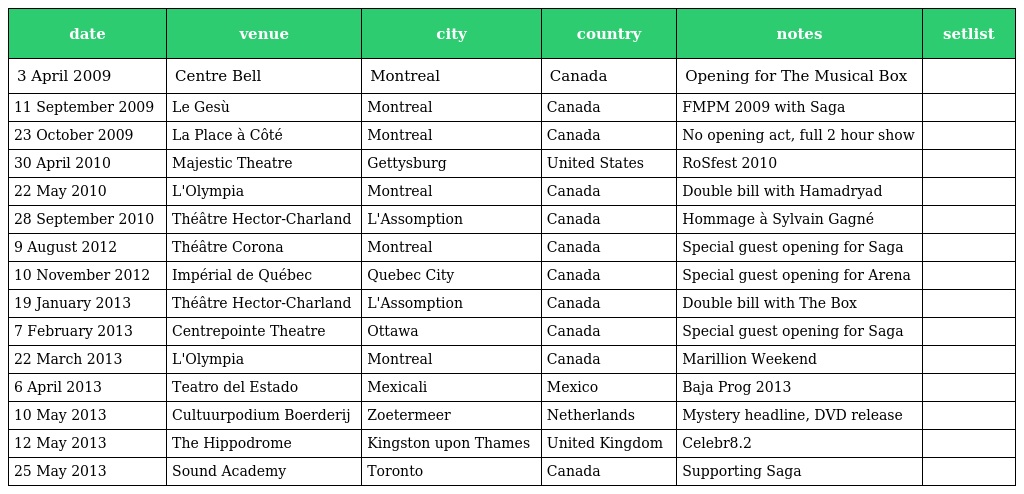
| date | venue | city | country | notes | setlist |
 | --- | --- | --- | --- | --- | --- |
 | 3 April 2009 | Centre Bell | Montreal | Canada | Opening for The Musical Box |  |
 | 11 September 2009 | Le Gesù | Montreal | Canada | FMPM 2009 with Saga |  |
 | 23 October 2009 | La Place à Côté | Montreal | Canada | No opening act, full 2 hour show |  |
 | 30 April 2010 | Majestic Theatre | Gettysburg | United States | RoSfest 2010 |  |
 | 22 May 2010 | L'Olympia | Montreal | Canada | Double bill with Hamadryad |  |
 | 28 September 2010 | Théâtre Hector-Charland | L'Assomption | Canada | Hommage à Sylvain Gagné |  |
 | 9 August 2012 | Théâtre Corona | Montreal | Canada | Special guest opening for Saga |  |
 | 10 November 2012 | Impérial de Québec | Quebec City | Canada | Special guest opening for Arena |  |
 | 19 January 2013 | Théâtre Hector-Charland | L'Assomption | Canada | Double bill with The Box |  |
 | 7 February 2013 | Centrepointe Theatre | Ottawa | Canada | Special guest opening for Saga |  |
 | 22 March 2013 | L'Olympia | Montreal | Canada | Marillion Weekend |  |
 | 6 April 2013 | Teatro del Estado | Mexicali | Mexico | Baja Prog 2013 |  |
 | 10 May 2013 | Cultuurpodium Boerderij | Zoetermeer | Netherlands | Mystery headline, DVD release |  |
 | 12 May 2013 | The Hippodrome | Kingston upon Thames | United Kingdom | Celebr8.2 |  |
 | 25 May 2013 | Sound Academy | Toronto | Canada | Supporting Saga |  |